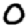
Digit: 0